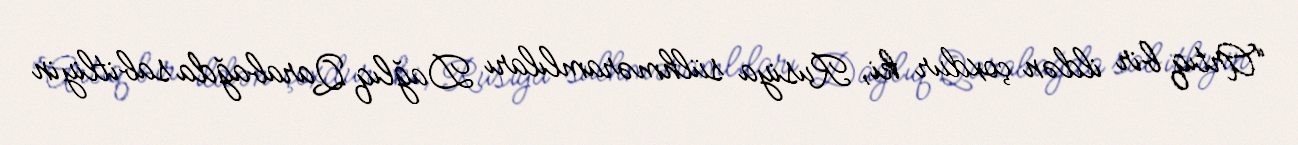
“Artıq bir ildən çoxdur ki, Rusiya sülhməramlıları Dağlıq Qarabağda sabitliyin